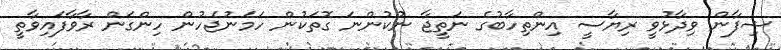
ޝިފާން ވިދާޅުވީ ރިޔާސީ އިންތިހާބުގެ ނަތީޖާ ނުކުންނަ ގޮތަކުން ހަމަނުޖެހުން ހިންގަން ރާވާފައިވާތީ